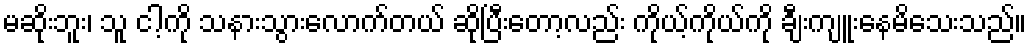
မဆိုးဘူး၊ သူ ငါ့ကို သနားသွားလောက်တယ် ဆိုပြီးတော့လည်း ကိုယ့်ကိုယ်ကို ချီးကျူးနေမိသေးသည်။